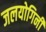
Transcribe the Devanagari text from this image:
जलयोगिनी